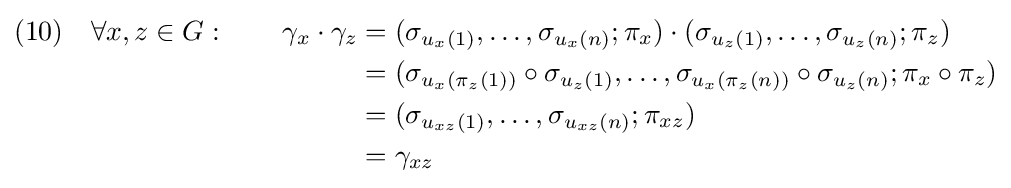
{\begin{aligned}(10)\quad \forall x,z\in G:\qquad \gamma _{x}\cdot \gamma _{z}&=(\sigma _{u_{x}(1)},\ldots ,\sigma _{u_{x}(n)};\pi _{x})\cdot (\sigma _{u_{z}(1)},\ldots ,\sigma _{u_{z}(n)};\pi _{z})\\&=(\sigma _{u_{x}(\pi _{z}(1))}\circ \sigma _{u_{z}(1)},\ldots ,\sigma _{u_{x}(\pi _{z}(n))}\circ \sigma _{u_{z}(n)};\pi _{x}\circ \pi _{z})\\&=(\sigma _{u_{xz}(1)},\ldots ,\sigma _{u_{xz}(n)};\pi _{xz})\\&=\gamma _{xz}\end{aligned}}